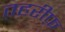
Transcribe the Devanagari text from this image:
तहरीफ़